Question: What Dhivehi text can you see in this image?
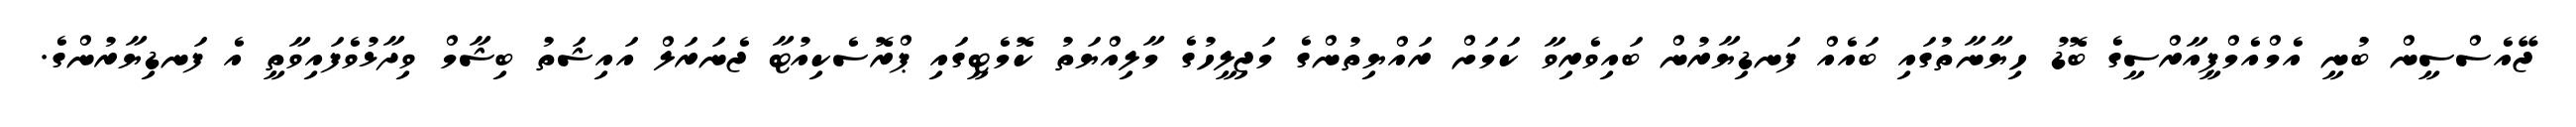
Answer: ޖޭއެސްސީން ބުނީ އެމްއެމްޕީއާރްސީގެ ބޮޑު ހިޔާނާތުގައި ބައެއް ފަނޑިޔާރުން ބައިވެރިވާ ކަމަށް ރައްޔިތުންގެ މަޖިލީހުގެ މާލިއްޔަތު ކޮމެޓީގައި ޕްރޮސެކިއުޓާ ޖެނަރަލް އައިޝަތު ބިޝާމް ވިދާޅުވެފައިވާތީ އެ ފަނޑިޔާރުންގެ.